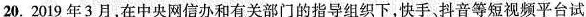
20.2019年3月，在中央网信办和有关部门的指导组织下，快手、抖音等短视频平台试